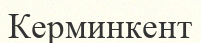
Керминкент